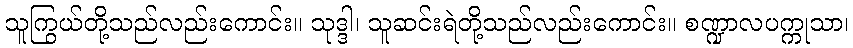
သူကြွယ်တို့သည်လည်းကောင်း။ သုဒ္ဒါ၊ သူဆင်းရဲတို့သည်လည်းကောင်း။ စဏ္ဍာလပက္ကုသာ၊